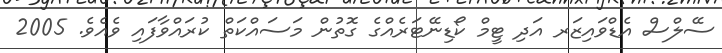
ސޭލްސް އެޑްވައިޒަރ އަދި ޓީމް ކޯޑިނޭޓަރެއްގެ ގޮތުން މަސައްކަތް ކުރައްވާފައި ވެއެވެ. 2005